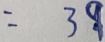
= 3 9